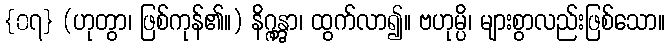
{၀၇} (ဟုတွာ၊ ဖြစ်ကုန်၏။) နိဂ္ဂန္တွာ၊ ထွက်လာ၍။ ဗဟုမ္ပိ၊ များစွာလည်းဖြစ်သော။